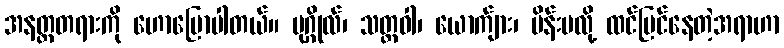
အနတ္တတရားကို ဟောပြောပါတယ်။ ပုဂ္ဂိုလ်၊ သတ္တဝါ၊ ယောက်ျား၊ မိန်းမလို့ ထင်မြင်နေတဲ့အရာဟာ